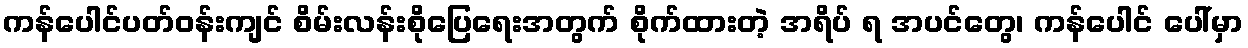
ကန်ပေါင်ပတ်ဝန်းကျင် စိမ်းလန်းစိုပြေရေးအတွက် စိုက်ထားတဲ့ အရိပ် ရ အပင်တွေ၊ ကန်ပေါင် ပေါ်မှာ